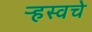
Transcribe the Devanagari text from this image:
ऱ्हस्वचे